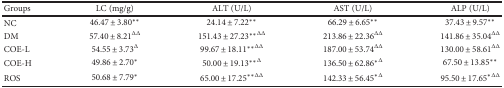
<table><thead><tr><td><b>Groups</b></td><td><b>LC (mg/g)</b></td><td><b>ALT (U/L)</b></td><td><b>AST (U/L)</b></td><td><b>ALP (U/L)</b></td></tr></thead><tbody><tr><td>NC</td><td>46.47 ± 3.80<sup>∗∗</sup></td><td>24.14 ± 7.22<sup>∗∗</sup></td><td>66.29 ± 6.65<sup>∗∗</sup></td><td>37.43 ± 9.57<sup>∗∗</sup></td></tr><tr><td>DM</td><td>57.40 ± 8.21<sup>ΔΔ</sup></td><td>151.43 ± 27.23<sup>∗∗</sup><sup>ΔΔ</sup></td><td>213.86 ± 22.36<sup>ΔΔ</sup></td><td>141.86 ± 35.04<sup>ΔΔ</sup></td></tr><tr><td>COE-L</td><td>54.55 ± 3.73<sup>Δ</sup></td><td>99.67 ± 18.11<sup>∗∗</sup><sup>ΔΔ</sup></td><td>187.00 ± 53.74<sup>ΔΔ</sup></td><td>130.00 ± 58.61<sup>ΔΔ</sup></td></tr><tr><td>COE-H</td><td>49.86 ± 2.70<sup>∗</sup></td><td>50.00 ± 19.13<sup>∗∗</sup><sup>Δ</sup></td><td>136.50 ± 62.86<sup>∗</sup><sup>Δ</sup></td><td>67.50 ± 13.85<sup>∗∗</sup></td></tr><tr><td>ROS</td><td>50.68 ± 7.79<sup>∗</sup></td><td>65.00 ± 17.25<sup>∗∗</sup><sup>ΔΔ</sup></td><td>142.33 ± 56.45<sup>∗</sup><sup>Δ</sup></td><td>95.50 ± 17.65<sup>∗</sup><sup>ΔΔ</sup></td></tr></tbody></table>